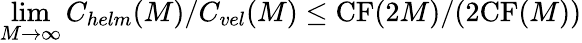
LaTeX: \operatorname*{lim}_{M\rightarrow\infty}C_{helm}(M)/C_{vel}(M)\leq\mathrm{CF}(2M)/(2\mathrm{CF}(M))